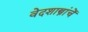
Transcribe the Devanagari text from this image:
वेदशास्त्रांचें